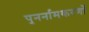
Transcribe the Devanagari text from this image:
पुनर्नामकरणों